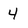
Character: 4